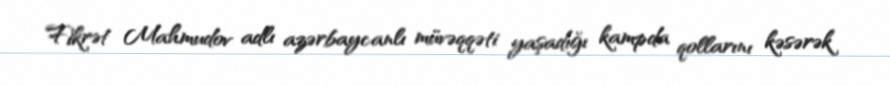
Fikrət Mahmudov adlı azərbaycanlı müvəqqəti yaşadığı kampda qollarını kəsərək